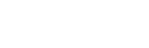
အဆင်မပြေသည့်